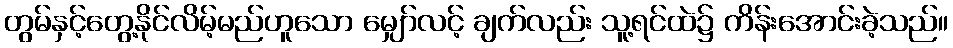
တွမ်နှင့်တွေ့နိုင်လိမ့်မည်ဟူသော မျှော်လင့် ချက်လည်း သူ့ရင်ထဲ၌ ကိန်းအောင်းခဲ့သည်။